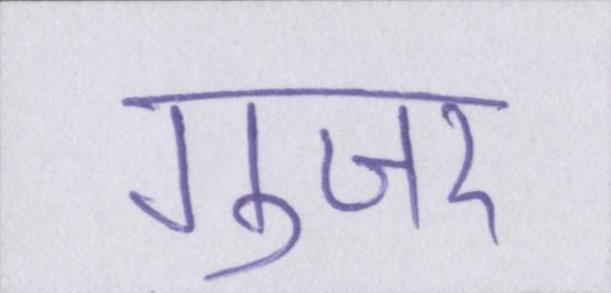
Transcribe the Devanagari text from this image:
गुजर